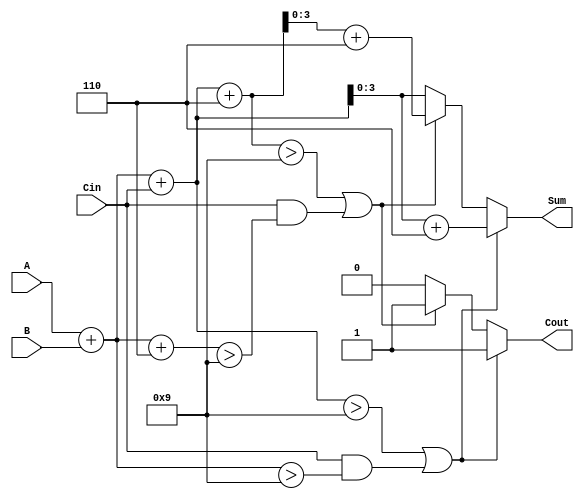
module BCD_MCSA (
    input [3:0] A,      // BCD input A
    input [3:0] B,      // BCD input B
    input Cin,          // Carry-in
    output reg [3:0] Sum, // BCD output Sum
    output reg Cout      // Carry-out
);

    wire [4:0] Sum0;    // Sum when carry is 0
    wire [4:0] Sum1;    // Sum when carry is 1
    wire Cout0;         // Carry-out for Sum0
    wire Cout1;         // Carry-out for Sum1

    // Initial addition for both carry scenarios
    assign Sum0 = A + B + Cin; // Sum with carry-in
    assign Sum1 = A + B + Cin + 5'b00110; // Sum with carry-in + 6 (for BCD correction)

    // Generate carry-out signals
    assign Cout0 = (Sum0 > 9) || (Cin && (A + B > 9));
    assign Cout1 = (Sum1 > 9) || (Cin && (A + B + 5'b00110 > 9));

    // BCD correction logic
    always @(*) begin
        if (Cout0) begin
            Sum = Sum0 + 4'b0110; // Add 6 to make it valid BCD
            Cout = 1;             // Set carry-out
        end else if (Cout1) begin
            Sum = Sum1 + 4'b0110; // Add 6 to make it valid BCD
            Cout = 1;             // Set carry-out
        end else begin
            Sum = Sum0;           // No correction needed
            Cout = 0;            // No carry-out
        end
    end

endmodule